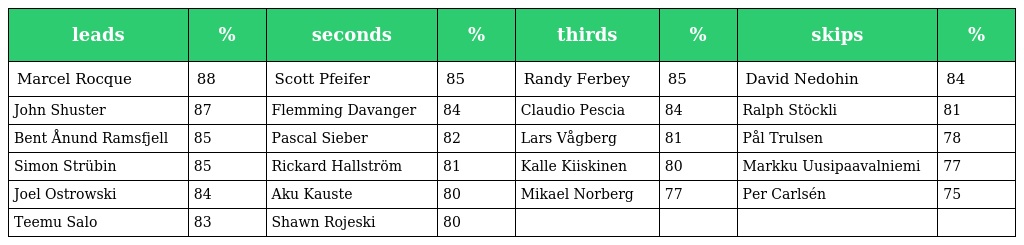
| leads | % | seconds | % | thirds | % | skips | % |
 | --- | --- | --- | --- | --- | --- | --- | --- |
 | Marcel Rocque | 88 | Scott Pfeifer | 85 | Randy Ferbey | 85 | David Nedohin | 84 |
 | John Shuster | 87 | Flemming Davanger | 84 | Claudio Pescia | 84 | Ralph Stöckli | 81 |
 | Bent Ånund Ramsfjell | 85 | Pascal Sieber | 82 | Lars Vågberg | 81 | Pål Trulsen | 78 |
 | Simon Strübin | 85 | Rickard Hallström | 81 | Kalle Kiiskinen | 80 | Markku Uusipaavalniemi | 77 |
 | Joel Ostrowski | 84 | Aku Kauste | 80 | Mikael Norberg | 77 | Per Carlsén | 75 |
 | Teemu Salo | 83 | Shawn Rojeski | 80 |  |  |  |  |